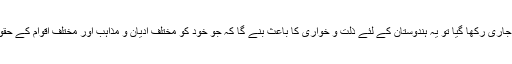
ان غیر انسانی کاروائیوں کو جاری رکھا گیا تو یہ ہندوستان کے لئے ذلت و خواری کا باعث بنے گا کہ جو خود کو مختلف ادیان و مذاہب اور مختلف اقوام کے حقوق کا علمبردار سمجھتا ہے ۔